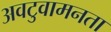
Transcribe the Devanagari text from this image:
अवटुवामनता